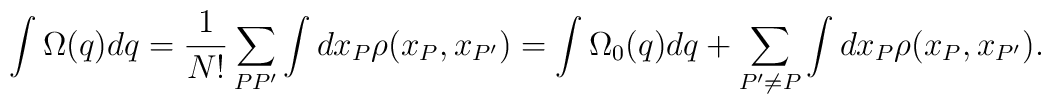
\int \Omega(q)dq = \frac1{N!}\sum_{PP'}\int dx_P \rho(x_P,x_{P'})=\int\Omega_0(q)dq + \sum_{P'\neq P}\int dx_P\rho(x_P,x_{P'}).